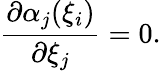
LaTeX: \frac{\partial\alpha_{j}(\xi_{i})}{\partial\xi_{j}}=0.